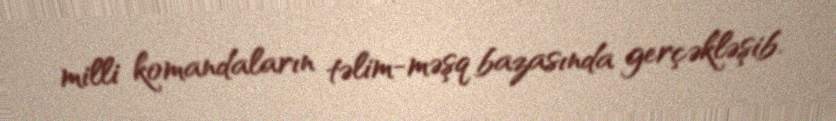
milli komandaların təlim-məşq bazasında gerçəkləşib.